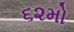
૬૨મો